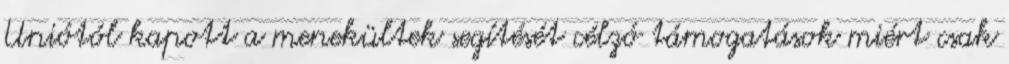
Uniótól kapott a menekültek segítését célzó támogatások miért csak